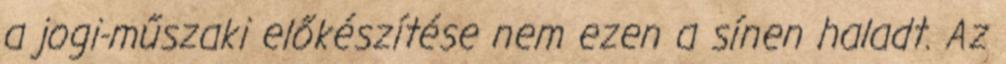
a jogi-műszaki előkészítése nem ezen a sínen haladt. Az